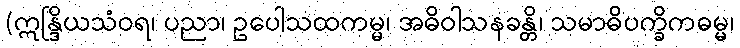
(ဣန္ဒြိယသံဝရ၊ ပညာ၊ ဥပေါသထကမ္မ၊ အဓိဝါသနခန္တိ၊ သမာဓိပက္ခိကဓမ္မ၊